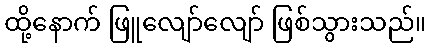
ထို့နောက် ဖြူလျော်လျော် ဖြစ်သွားသည်။